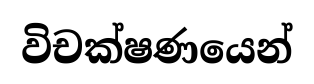
විචක්ෂණයෙන්